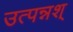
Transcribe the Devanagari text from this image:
उत्पन्नश्